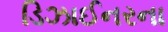
ડિઝાઈનરના